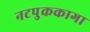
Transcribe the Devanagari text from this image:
नटपुककागा